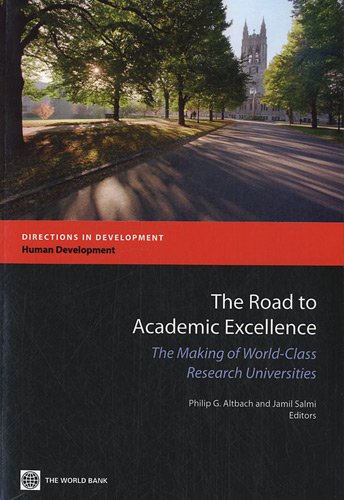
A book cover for The Road to Academic Excellence: The Making of World-Class Research Universities (Directions in Development); Education & Teaching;